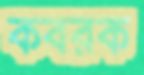
কবরক